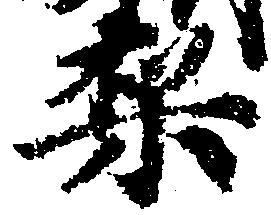
梨